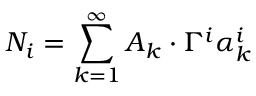
N _ { i } = \sum _ { k = 1 } ^ { \infty } A _ { k } \cdot \Gamma ^ { i } \alpha _ { k } ^ { i }